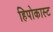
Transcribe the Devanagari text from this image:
हिपोकास्ट